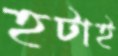
হটাই